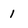
Character: 1